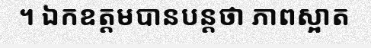
។ ឯកឧត្តមបានបន្តថា ភាពស្អាត